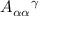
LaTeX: A _ { \alpha \alpha } { } ^ { \gamma } \qquad